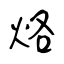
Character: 烙